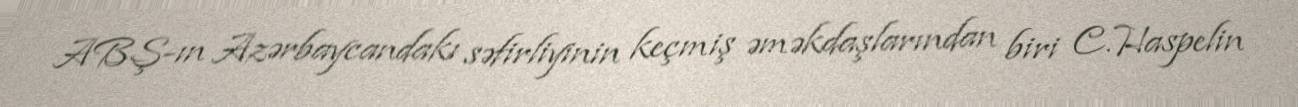
ABŞ-ın Azərbaycandakı səfirliyinin keçmiş əməkdaşlarından biri C.Haspelin